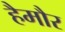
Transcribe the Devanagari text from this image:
हैमौर